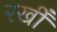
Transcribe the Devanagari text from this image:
रखीँ